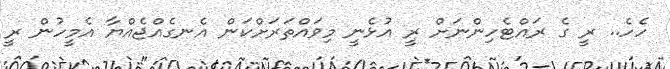
ހެހެ.. ރީ ގެ ރައްޓެހިންނަށް ރީ އުޅެނީ މިވައްތަރަށްކަން އެނގެއްޖެއްޔާ އެމީހުން ރީ